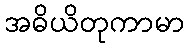
အဓိယိတုကာမာ